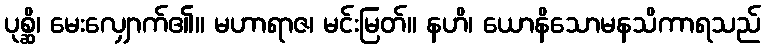
ပုစ္ဆိ၊ မေးလျှောက်၏။ မဟာရာဇ၊ မင်းမြတ်။ နဟိ၊ ယောနိသောမနသိကာရသည်